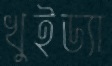
খুইড্যা